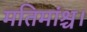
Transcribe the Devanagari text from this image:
मतिमांश्च।